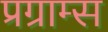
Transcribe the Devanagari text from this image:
प्रग्राम्स